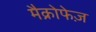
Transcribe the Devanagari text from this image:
मैक्रोफेज़